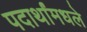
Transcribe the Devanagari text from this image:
पदार्थांमधले